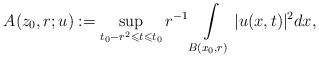
\begin{align*}A(z_{0},r;u):= \sup_{t_{0}-r^2\leqslant t\leqslant t_0}r^{-1}\int\limits_{B(x_{0},r)}|u(x,t)|^2dx,\end{align*}